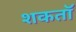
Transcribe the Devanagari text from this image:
शकतॉ